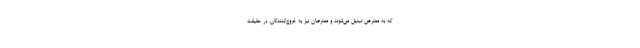
که به معترض تبدیل می‌شوند و معترضان نیز به خروج‌کنندگان. در حقیقت